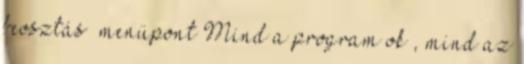
beosztás” menüpont Mind a program ok , mind az